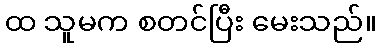
ထ သူမက စတင်ပြီး မေးသည်။